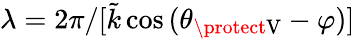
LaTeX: \lambda=2\pi/[\tilde{k}\cos{(\theta_{\protect\mathrm{V}}-\varphi)}]